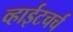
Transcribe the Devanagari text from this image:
व्हाईटचर्च